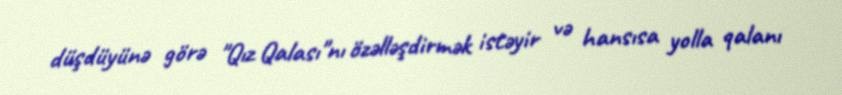
düşdüyünə görə "Qız Qalası"nı özəlləşdirmək istəyir və hansısa yolla qalanı